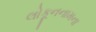
લોકૂનનામના